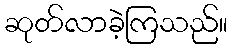
ဆုတ်လာခဲ့ကြသည်။